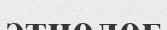
этнолог